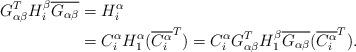
LaTeX: \begin{align*} G_{\alpha\beta}^TH^{\beta}_i\overline{G_{\alpha\beta}}&=H^{\alpha}_i \\ &=C^{\alpha}_{i}H^{\alpha}_{1}(\overline{C^{\alpha}_{i}}^{T})=C^{\alpha}_{i}G_{\alpha\beta}^TH^{\beta}_1\overline{G_{\alpha\beta}}(\overline{C^{\alpha}_{i}}^{T}).\end{align*}